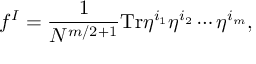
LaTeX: f ^ { I } = \frac { 1 } { N ^ { m / 2 + 1 } } \mathrm { T r } \eta ^ { i _ { 1 } } \eta ^ { i _ { 2 } } \cdots \eta ^ { i _ { m } } ,